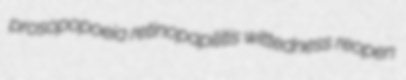
prosopopoeia retinopapilitis wittedness reopen